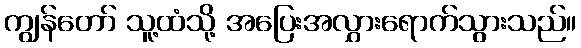
ကျွန်တော် သူ့ထံသို့ အပြေးအလွှားရောက်သွားသည်။